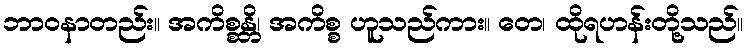
ဘာဝနာတည်း။ အကိစ္စန္တိ၊ အကိစ္စ ဟူသည်ကား။ တေ၊ ထိုရဟန်းတို့သည်။